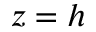
z = h